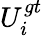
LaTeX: U_{i}^{gt}